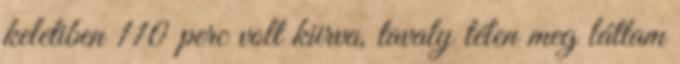
keletiben 110 perc volt kiirva, tavaly télen meg láttam